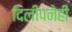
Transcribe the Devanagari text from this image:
दिलीपनेही